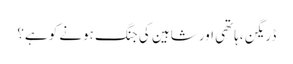
ڈریگن ،ہاتھی اور شاہین کی جنگ ہونے کو ہے؟